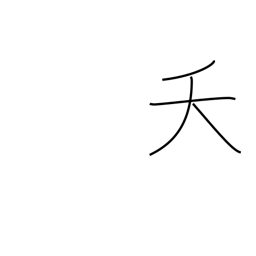
Meaning: early death